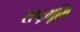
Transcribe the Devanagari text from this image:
राष्ट्रभूमि